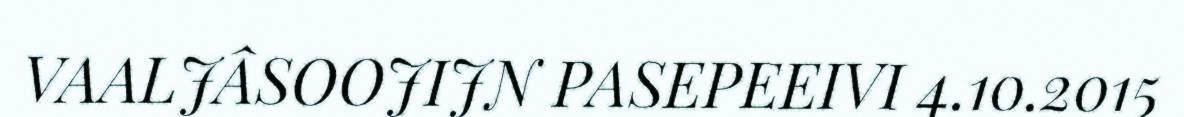
VAALJÂSOOJIJN PASEPEEIVI 4.10.2015